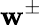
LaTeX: \mathbf{w}^{\pm}